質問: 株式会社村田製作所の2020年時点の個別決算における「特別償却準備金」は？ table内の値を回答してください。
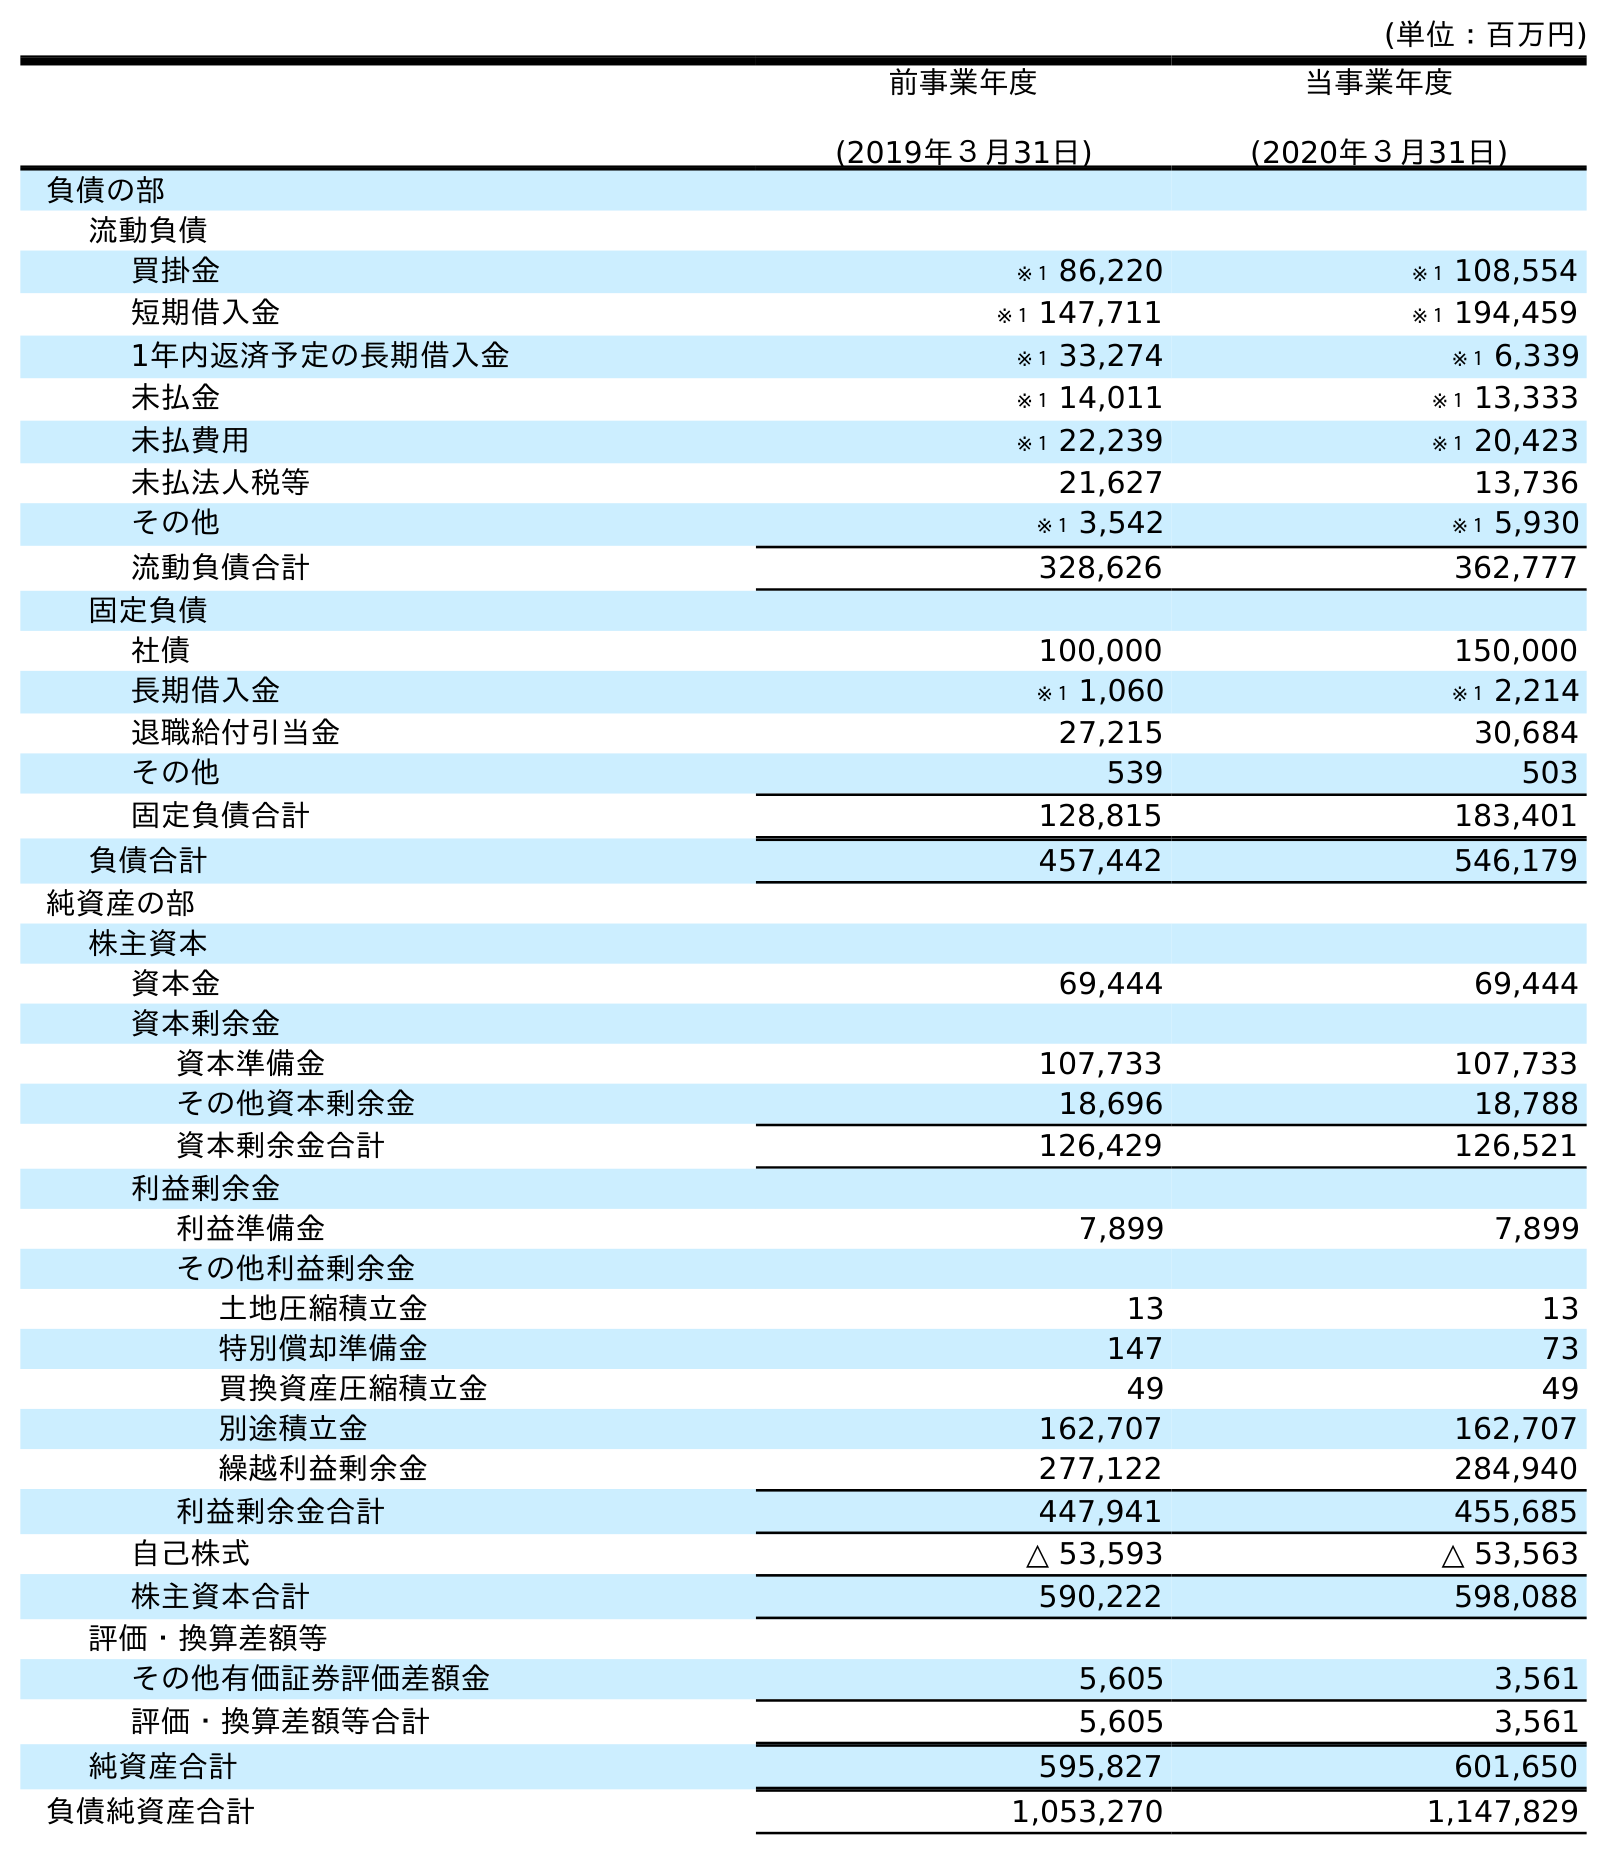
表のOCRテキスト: (単位：百万円) 前事業年度 (2019年３月31日) 当事業年度 (2020年３月31日) 負債の部 流動負債 買掛金 ※１ 86,220 ※１ 108,554 短期借入金 ※１ 147,711 ※１ 194,459 1年内返済予定の長期借入金 ※１ 33,274 ※１ 6,339 未払金 ※１ 14,011 ※１ 13,333 未払費用 ※１ 22,239 ※１ 20,423 未払法人税等 21,627 13,736 その他 ※１ 3,542 ※１ 5,930 流動負債合計 328,626 362,777 固定負債 社債 100,000 150,000 長期借入金 ※１ 1,060 ※１ 2,214 退職給付引当金 27,215 30,684 その他 539 503 固定負債合計 128,815 183,401 負債合計 457,442 546,179 純資産の部 株主資本 資本金 69,444 69,444 資本剰余金 資本準備金 107,733 107,733 その他資本剰余金 18,696 18,788 資本剰余金合計 126,429 126,521 利益剰余金 利益準備金 7,899 7,899 その他利益剰余金 土地圧縮積立金 13 13 特別償却準備金 147 73 買換資産圧縮積立金 49 49 別途積立金 162,707 162,707 繰越利益剰余金 277,122 284,940 利益剰余金合計 447,941 455,685 自己株式 △ 53,593 △ 53,563 株主資本合計 590,222 598,088 評価・換算差額等 その他有価証券評価差額金 5,605 3,561 評価・換算差額等合計 5,605 3,561 純資産合計 595,827 601,650 負債純資産合計 1,053,270 1,147,829
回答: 73